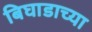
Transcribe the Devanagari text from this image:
बिघाडाच्या